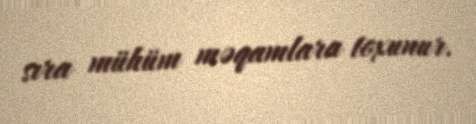
sıra mühüm məqamlara toxunur.